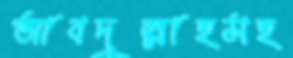
আবদুল্লাহসহ